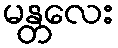
မန္တလေး